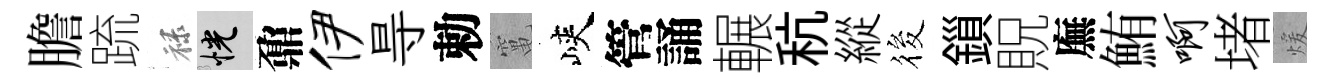
膽䟽禄恍鼐伊㝵勅𥧄峽管誦輾秔縱筱鎻貺廡鮪啊堵煖